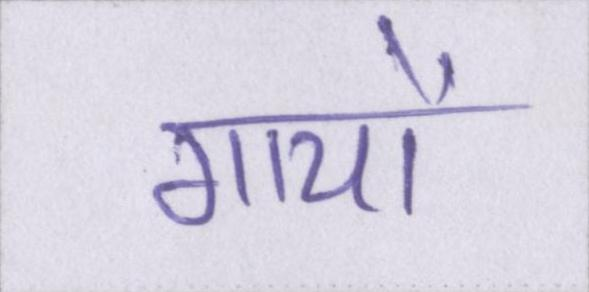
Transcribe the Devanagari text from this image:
गायों